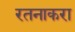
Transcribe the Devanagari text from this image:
रतनाकरा